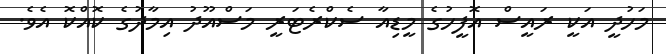
މަހުދީ އަކީ ރައީސް އޮފީހުގެ މީޑިއާ ސެކްރެޓަރީ މަސްއޫދު އިމާދުގެ ކޮއްކޮ އެވެ.